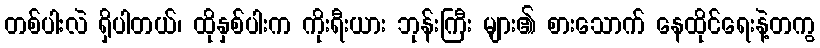
တစ်ပါးလဲ ရှိပါတယ်၊ ထိုနှစ်ပါးက ကိုးရီးယား ဘုန်းကြီး များ၏ စားသောက် နေထိုင်ရေးနဲ့တကွ